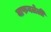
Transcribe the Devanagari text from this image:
वाफवलेली